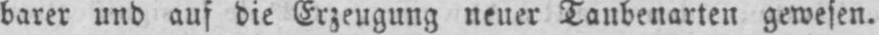
barer und auf die Erzeugung neuer Taubenarten gewesen.